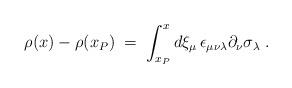
LaTeX: \begin{align*} \rho (x) - \rho (x_P) \;=\; \int_{x_P}^x d\xi_\mu \, \epsilon_{\mu\nu\lambda} \partial_\nu \sigma_\lambda \;.\end{align*}